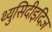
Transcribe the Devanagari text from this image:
थ्युसिदीइदिज